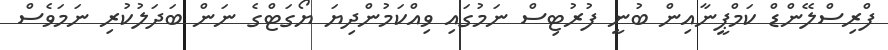
ފްރިސްލޭންޑް ކަމްޕީނާއިން ބުނީ ފުރުޓިސް ނަމުގައި ވިއްކަމުންދިޔަ ޔޯގަޓްގެ ނަން ބަދަލުކުރި ނަމަވެސް